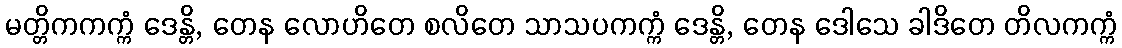
မတ္တိကကက္ကံ ဒေန္တိ, တေန လောဟိတေ စလိတေ သာသပကက္ကံ ဒေန္တိ, တေန ဒေါသေ ခါဒိတေ တိလကက္ကံ